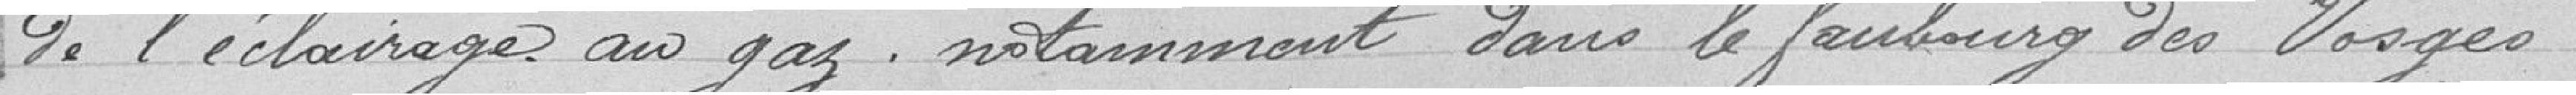
de l'éclairage au gaz, notamment dans le faubourg des Vosges.